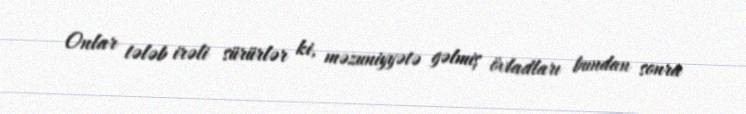
Onlar tələb irəli sürürlər ki, məzuniyyətə gəlmiş övladları bundan sonra